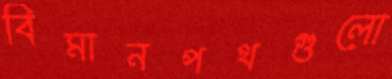
বিমানপথগুলো